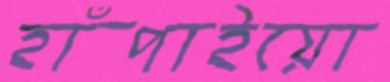
হাঁপাইয়ো